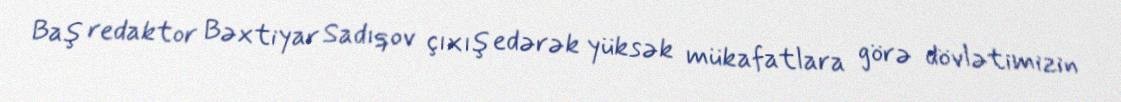
Baş redaktor Bəxtiyar Sadıqov çıxış edərək yüksək mükafatlara görə dövlətimizin